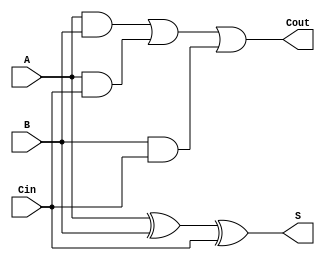
module TransmissionGateFullAdder (
    input wire A,      // First single-bit input
    input wire B,      // Second single-bit input
    input wire Cin,    // Carry-in input
    output wire S,     // Sum output
    output wire Cout   // Carry-out output
);

// Internal wires for intermediate signals
wire AB_and, ACin_and, BCin_and;
wire A_xor_B, A_xor_B_xor_Cin;

// Transmission Gate for A AND B
assign AB_and = A & B;

// Transmission Gate for A AND Cin
assign ACin_and = A & Cin;

// Transmission Gate for B AND Cin
assign BCin_and = B & Cin;

// OR logic for Cout
assign Cout = AB_and | ACin_and | BCin_and;

// Transmission Gate for A XOR B
assign A_xor_B = (A ^ B);

// Transmission Gate for (A XOR B) XOR Cin
assign S = A_xor_B ^ Cin;

endmodule